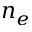
n _ { e }